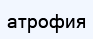
атрофия